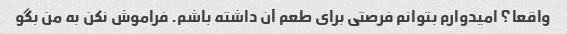
واقعا؟ امیدوارم بتوانم فرصتی برای طعم آن داشته باشم. فراموش نکن به من بگو